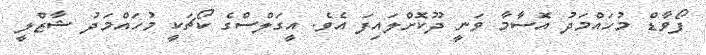
ފޯވާޑް މުހައްމަދު އޮސާމާ ވަނީ ދޫކޮށްލައިފަ އެވެ. އީގަލްސްގެ ކޯޗަކީ މުހައްމަދު ޝާޒްލީ